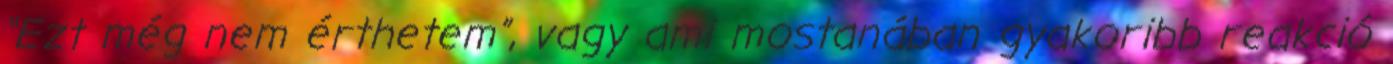
“Ezt még nem érthetem”, vagy ami mostanában gyakoribb reakció